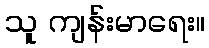
သူ ကျန်းမာရေး။